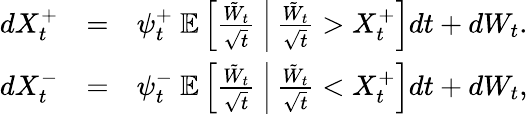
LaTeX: \begin{array}{rlr}{dX_{t}^{+}}&{=}&{\psi_{t}^{+}\ \mathbb{E}\left[\frac{\tilde{W}_{t}}{\sqrt{t}}\ \right|\left.\frac{\tilde{W}_{t}}{\sqrt{t}}>X_{t}^{+}\right]dt+dW_{t}.}\\ {dX_{t}^{-}}&{=}&{\psi_{t}^{-}\ \mathbb{E}\left[\frac{\tilde{W}_{t}}{\sqrt{t}}\ \right|\left.\frac{\tilde{W}_{t}}{\sqrt{t}}<X_{t}^{+}\right]dt+dW_{t},}\end{array}